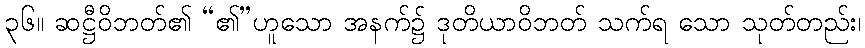
၃၆။ ဆဋ္ဌီဝိဘတ်၏ “၏”ဟူသော အနက်၌ ဒုတိယာဝိဘတ် သက်ရ သော သုတ်တည်း၊